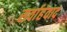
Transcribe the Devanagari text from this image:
सर्वाहंवाद